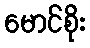
မောင်စိုး